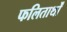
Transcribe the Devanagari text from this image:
फलितार्थों